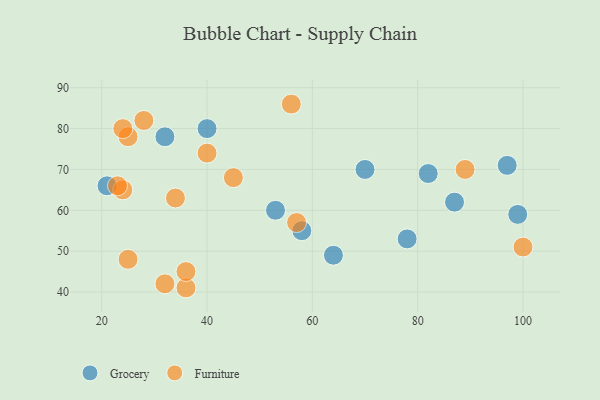
{"axis": {"x": "GDP", "y": "Life Expectancy"}, "legend": ["Furniture", "Grocery"], "data": [{"x": "53", "y": 60, "type": "Grocery"}, {"x": "97", "y": 71, "type": "Grocery"}, {"x": "70", "y": 70, "type": "Grocery"}, {"x": "78", "y": 53, "type": "Grocery"}, {"x": "82", "y": 69, "type": "Grocery"}, {"x": "64", "y": 49, "type": "Grocery"}, {"x": "87", "y": 62, "type": "Grocery"}, {"x": "58", "y": 55, "type": "Grocery"}, {"x": "40", "y": 80, "type": "Grocery"}, {"x": "21", "y": 66, "type": "Grocery"}, {"x": "32", "y": 78, "type": "Grocery"}, {"x": "99", "y": 59, "type": "Grocery"}, {"x": "24", "y": 65, "type": "Furniture"}, {"x": "23", "y": 66, "type": "Furniture"}, {"x": "89", "y": 70, "type": "Furniture"}, {"x": "25", "y": 48, "type": "Furniture"}, {"x": "45", "y": 68, "type": "Furniture"}, {"x": "28", "y": 82, "type": "Furniture"}, {"x": "32", "y": 42, "type": "Furniture"}, {"x": "57", "y": 57, "type": "Furniture"}, {"x": "36", "y": 41, "type": "Furniture"}, {"x": "25", "y": 78, "type": "Furniture"}, {"x": "100", "y": 51, "type": "Furniture"}, {"x": "24", "y": 80, "type": "Furniture"}, {"x": "40", "y": 74, "type": "Furniture"}, {"x": "34", "y": 63, "type": "Furniture"}, {"x": "56", "y": 86, "type": "Furniture"}, {"x": "36", "y": 45, "type": "Furniture"}]}